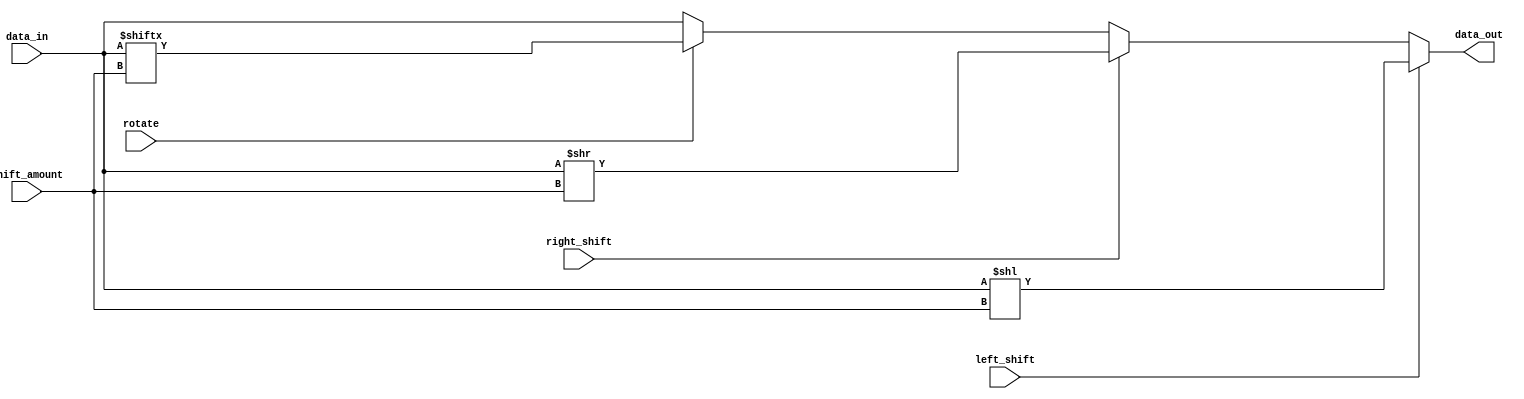
module Circular_Barrel_Shifter (
  input [7:0] data_in,
  input [2:0] shift_amount,
  input left_shift,
  input right_shift,
  input rotate,
  output [7:0] data_out
);

reg [7:0] shift_data;

always @(*) begin
  if (left_shift)
    shift_data = data_in << shift_amount;
  else if (right_shift)
    shift_data = data_in >> shift_amount;
  else if (rotate)
    shift_data = {data_in[shift_amount-1:0], data_in[7:shift_amount]};
  else
    shift_data = data_in;
end

assign data_out = shift_data;

endmodule